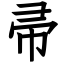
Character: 帚